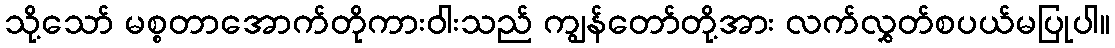
သို့သော် မစ္စတာအောက်တိုကားဝါးသည် ကျွန်တော်တို့အား လက်လွှတ်စပယ်မပြုပါ။